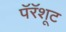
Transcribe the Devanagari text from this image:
पॅरॅशूट